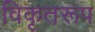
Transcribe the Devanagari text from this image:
विकृतरूप